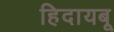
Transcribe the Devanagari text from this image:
हिदायबू